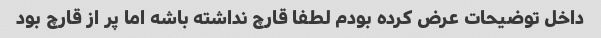
داخل توضیحات عرض کرده بودم لطفا قارچ نداشته باشه اما پر از قارچ بود